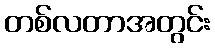
တစ်လတာအတွင်း